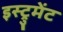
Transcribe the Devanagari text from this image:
इस्ट्रुमेंट